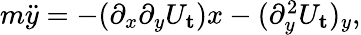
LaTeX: \begin{array}{r}{m\ddot{y}=-(\partial_{x}\partial_{y}U_{\mathbf{t}})x-(\partial_{y}^{2}U_{\mathbf{t}})_{y},}\end{array}